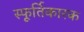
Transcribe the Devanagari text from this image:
स्फूर्तिकारक